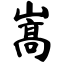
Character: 嵩